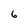
Character: 6